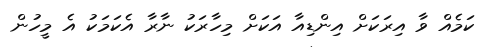
ކަމެއް ވާ އިރަކަށް އިންޑިއާ އަކަށް މިހާރަކު ނާރާ އެކަމަކު އެ މީހުން